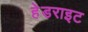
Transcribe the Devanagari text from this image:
हेडराइट